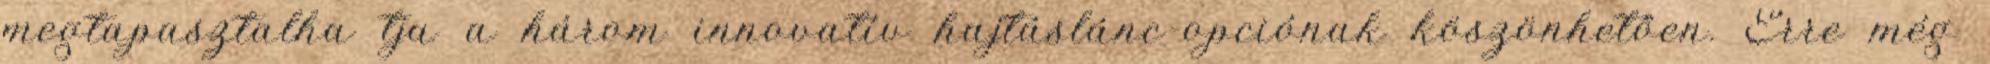
megtapasztalha tja a három innovatív hajtáslánc-opciónak köszönhetően. Erre még